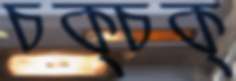
চক্‌চক্‌